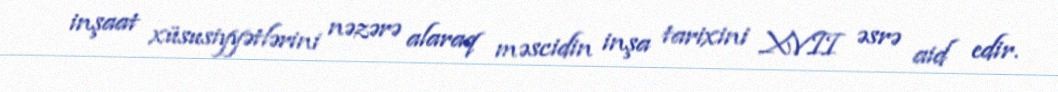
inşaat xüsusiyyətlərini nəzərə alaraq məscidin inşa tarixini XVII əsrə aid edir.